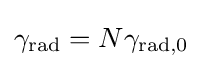
\gamma _{\mathrm {rad} }=N\gamma _{\mathrm {rad} ,0}